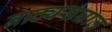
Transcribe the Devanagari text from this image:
नाट्यसंघात